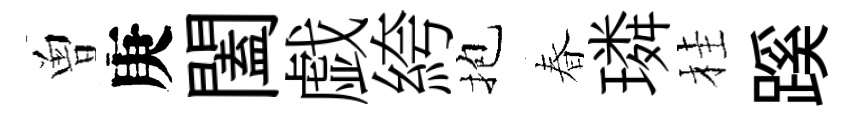
曽庚闔戯絝抱春璘桂蹊